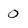
Character: O